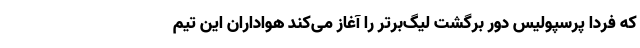
که فردا پرسپولیس دور برگشت لیگ‌برتر را آغاز می‌کند هواداران این تیم